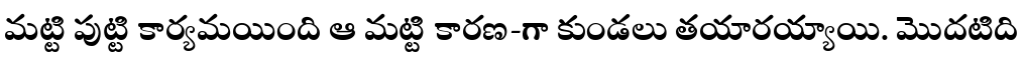
మట్టి పుట్టి కార్యమయింది ఆ మట్టి కారణ-గా కుండలు తయారయ్యాయి. మొదటిది